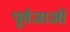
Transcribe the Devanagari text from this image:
पूर्वजाओं